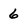
Character: 6